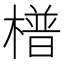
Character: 𣚴